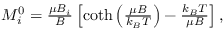
\begin{array} { r } { M _ { i } ^ { 0 } = \frac { \mu B _ { i } } { B } \left[ \coth \left( \frac { \mu B } { k _ { B } T } \right) - \frac { k _ { B } T } { \mu B } \right] , } \end{array}